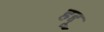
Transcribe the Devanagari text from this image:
हद्दू